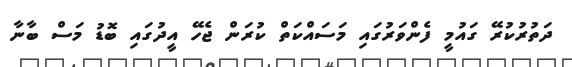
ދަތުރުކުރޭ ގައުމީ ފެންވަރުގައި މަސައްކަތް ކުރަން ޖެހޭ އީދުގައި ބޮޑު މަސް ބާނާ